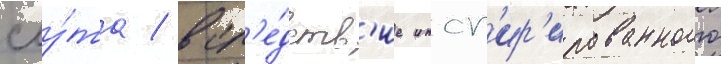
сму́та / всл'е́дств'ие инсп'ир'ированного